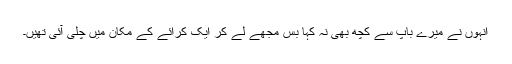
انہوں نے میرے باپ سے کچھ بھی نہ کہا بس مجھے لے کر ایک کرائے کے مکان میں چلی آئی تھیں۔